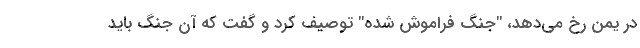
در یمن رخ می‌دهد، "جنگ فراموش شده" توصیف کرد و گفت که آن جنگ باید